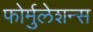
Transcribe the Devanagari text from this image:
फोर्मुलेशन्स